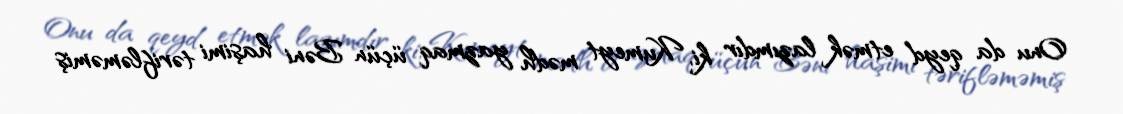
Onu da qeyd etmək lazımdır ki, Kumeyt mədh yazmaq üçün Bəni haşimi tərifləməmiş